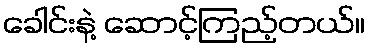
ခေါင်းနဲ့ ဆောင့်ကြည့်တယ်။